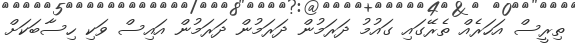
ތިރީސް އަހަރެއް ތެރޭގައި ގައުމު ދަރަމުން ދަރަމުން ދަރަމުން އައިސް ވަކި ހިސާބަކަށް